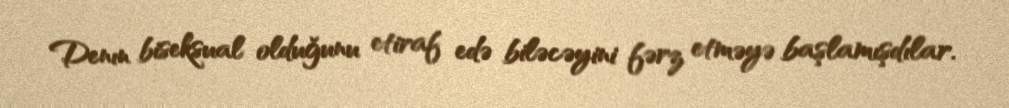
Denın biseksual olduğunu etiraf edə biləcəyini fərz etməyə başlamışdılar.